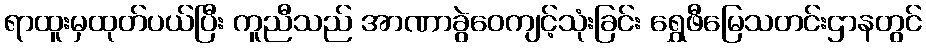
ရာထူးမှထုတ်ပယ်ပြီး ကူညီသည် အာဏာခွဲဝေကျင့်သုံးခြင်း ရွှေဖီမြေသတင်းဌာနတွင်